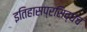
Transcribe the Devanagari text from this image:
इतिहासप्रसिद्धच